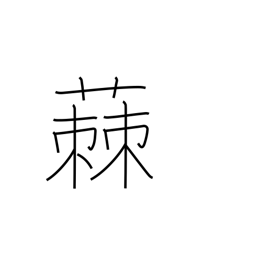
Meaning: milwort